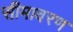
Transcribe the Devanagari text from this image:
सीमावरण